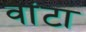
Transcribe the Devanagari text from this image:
वांटा